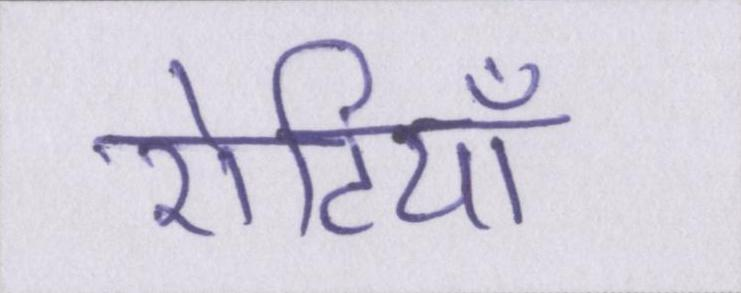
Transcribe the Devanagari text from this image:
रोटियाँ